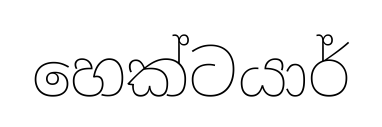
හෙක්ටයාර්